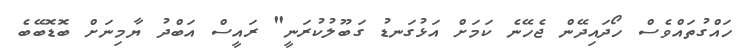
ހައްގުތައްވެސް ހޯދައިދޭން ޖެހޭނެ ކަމަށް އަޅުގަނޑު ގަބޫލުކުރަނީ" ރައީސް އަބްދު ޔާމިނަށް ބޮޑޮބޭބެ